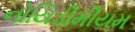
નોયિડીમીયમ